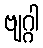
ဗျဂ္ဂါ